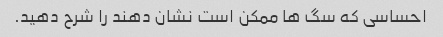
احساسی که سگ ها ممکن است نشان دهند را شرح دهید.